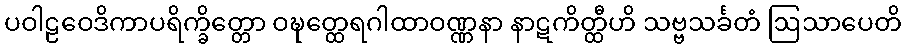
ပဝါဠဝေဒိကာပရိက္ခိတ္တော ဝဍ္ဎတ္ထေရဂါထာဝဏ္ဏနာ နာဋကိတ္ထီဟိ သဗ္ဗသင်္ခတံ ဩသာပေတိ